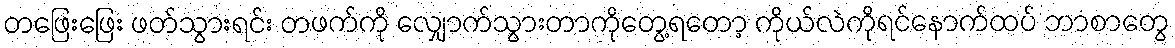
တဖြေးဖြေး ဖတ်သွားရင်း တဖက်ကို လျှောက်သွားတာကိုတွေ့ရတော့ ကိုယ်လဲကိုရင်နောက်ထပ် ဘာစာတွေ